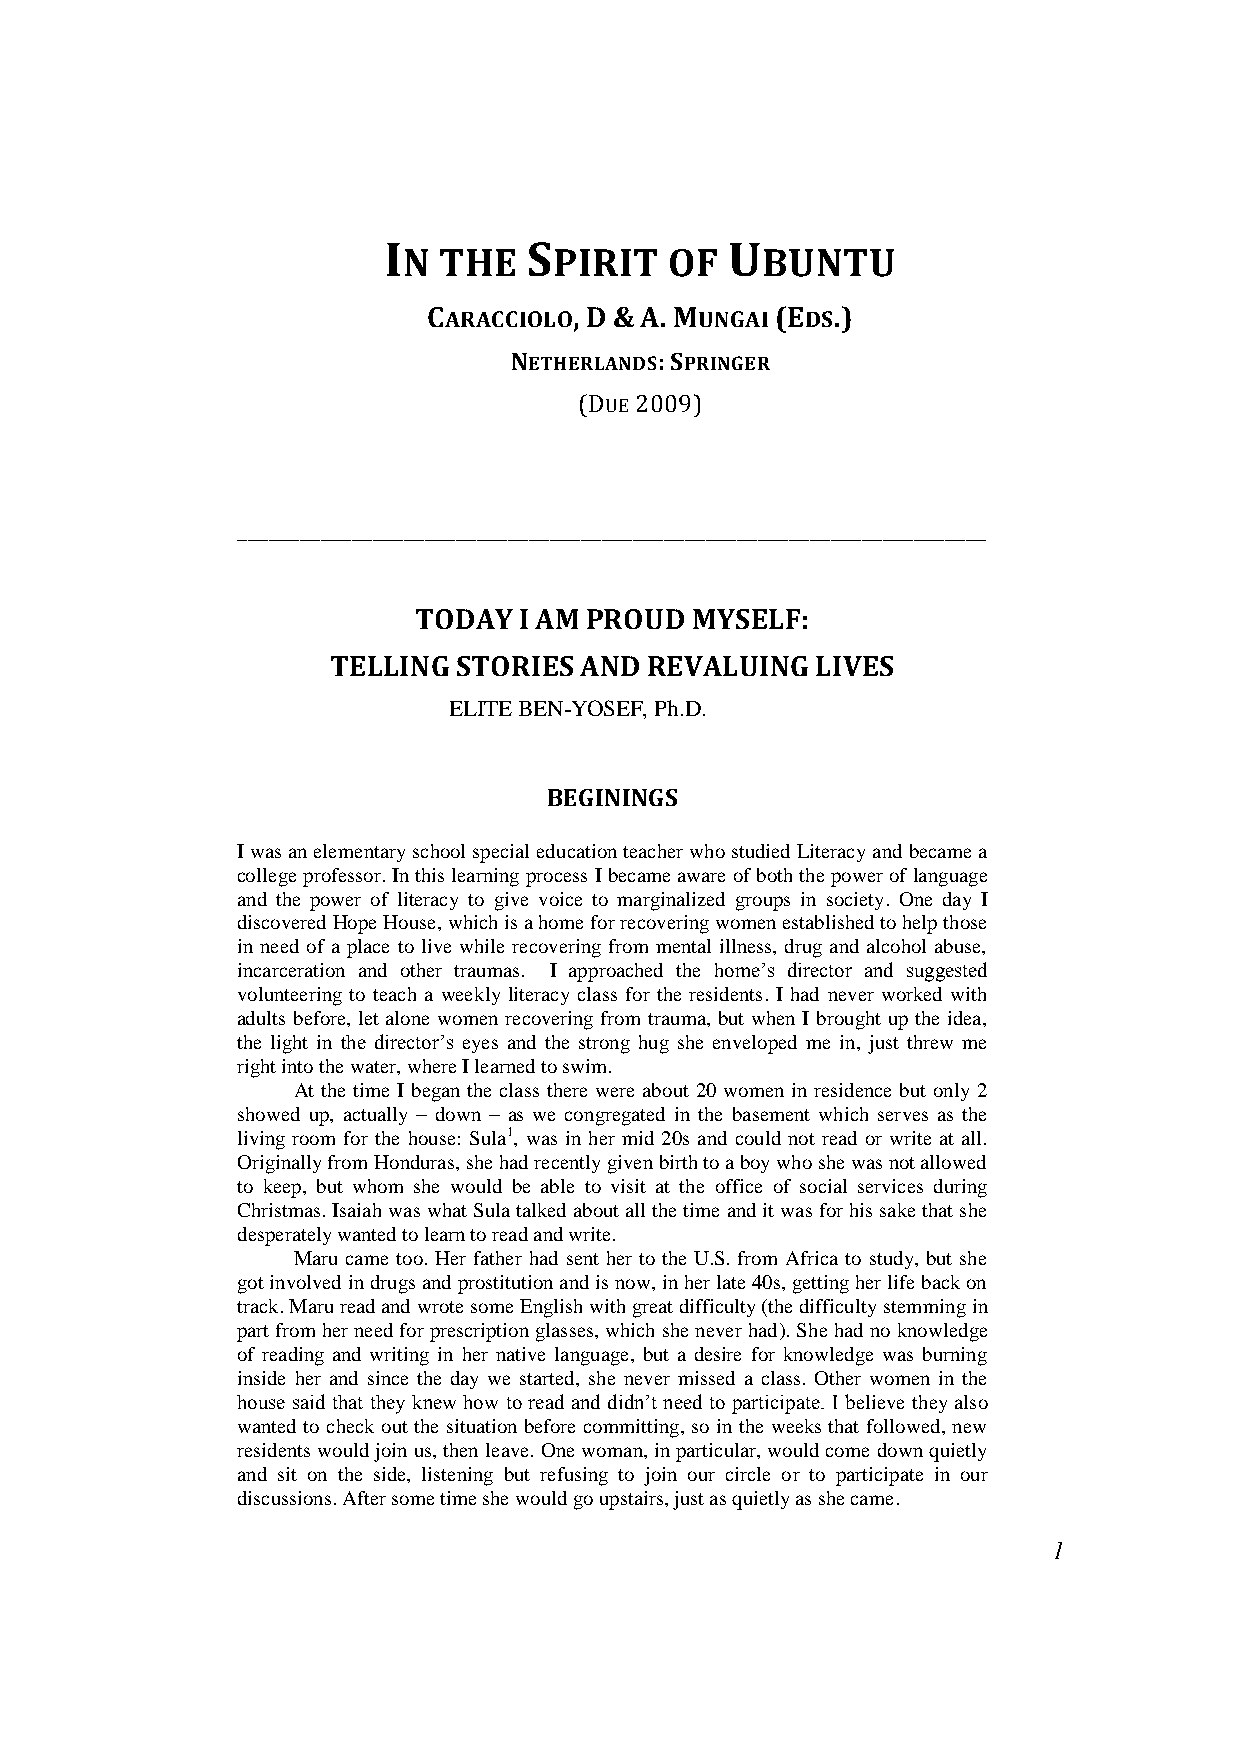
I         S            U
 N THE     PIRIT  OF    BUNTU
 CARACCIOLO, D & A. MUNGAI (EDS.)
 NETHERLANDS: SPRINGER
 (DUE 2009)
 ________________________________________________________________________
 TODAY  I AM PROUD  MYSELF:
 TELLING STORIES AND  REVALUING  LIVES
 ELITE BEN-YOSEF, Ph.D.
 BEGININGS
 I was an elementary school special education teacher who studied Literacy and became a
 college professor. In this learning process I became aware of both the power of language
 and the power of literacy to give voice to marginalized groups in society. One day I
 discovered Hope House, which is a home for recovering women established to help those
 in need of a place to live while recovering from mental illness, drug and alcohol abuse,
 incarceration and other traumas. I approached the home’s director and suggested
 volunteering to teach a weekly literacy class for the residents. I had never worked with
 adults before, let alone women recovering from trauma, but when I brought up the idea,
 the light in the director’s eyes and the strong hug she enveloped me in, just threw me
 right into the water, where I learned to swim.
 At the time I began the class there were about 20 women in residence but only 2
 showed up, actually – down – as we congregated in the basement which serves as the
 living room for the house: Sula1, was in her mid 20s and could not read or write at all.
 Originally from Honduras, she had recently given birth to a boy who she was not allowed
 to keep, but whom she would be able to visit at the office of social services during
 Christmas. Isaiah was what Sula talked about all the time and it was for his sake that she
 desperately wanted to learn to read and write.
 Maru came too. Her father had sent her to the U.S. from Africa to study, but she
 got involved in drugs and prostitution and is now, in her late 40s, getting her life back on
 track. Maru read and wrote some English with great difficulty (the difficulty stemming in
 part from her need for prescription glasses, which she never had). She had no knowledge
 of reading and writing in her native language, but a desire for knowledge was burning
 inside her and since the day we started, she never missed a class. Other women in the
 house said that they knew how to read and didn’t need to participate. I believe they also
 wanted to check out the situation before committing, so in the weeks that followed, new
 residents would join us, then leave. One woman, in particular, would come down quietly
 and sit on the side, listening but refusing to join our circle or to participate in our
 discussions. After some time she would go upstairs, just as quietly as she came.
 1